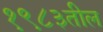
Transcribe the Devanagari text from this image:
१९८३तील